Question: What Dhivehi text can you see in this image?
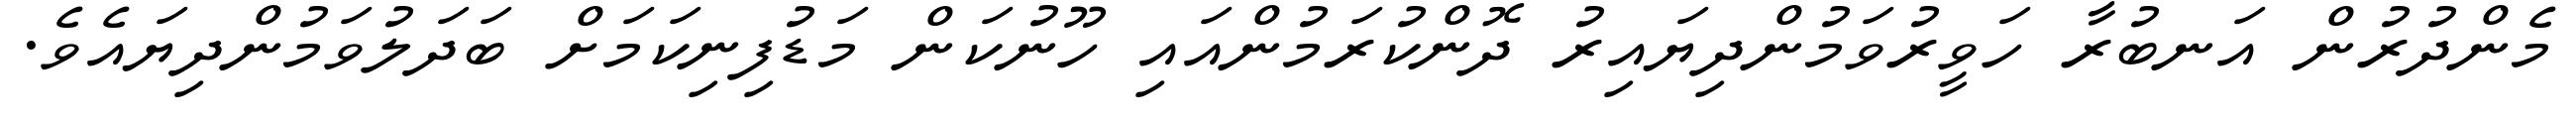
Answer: މެންދުރުން އަނބުރާ ހަވީރުވަމުންދިޔައިރު ދޮންކުރަމުންއައި ހޫނުކަން މަޑުފިނިކަމަށް ބަދަލުވަމުންދިޔައެވެ.